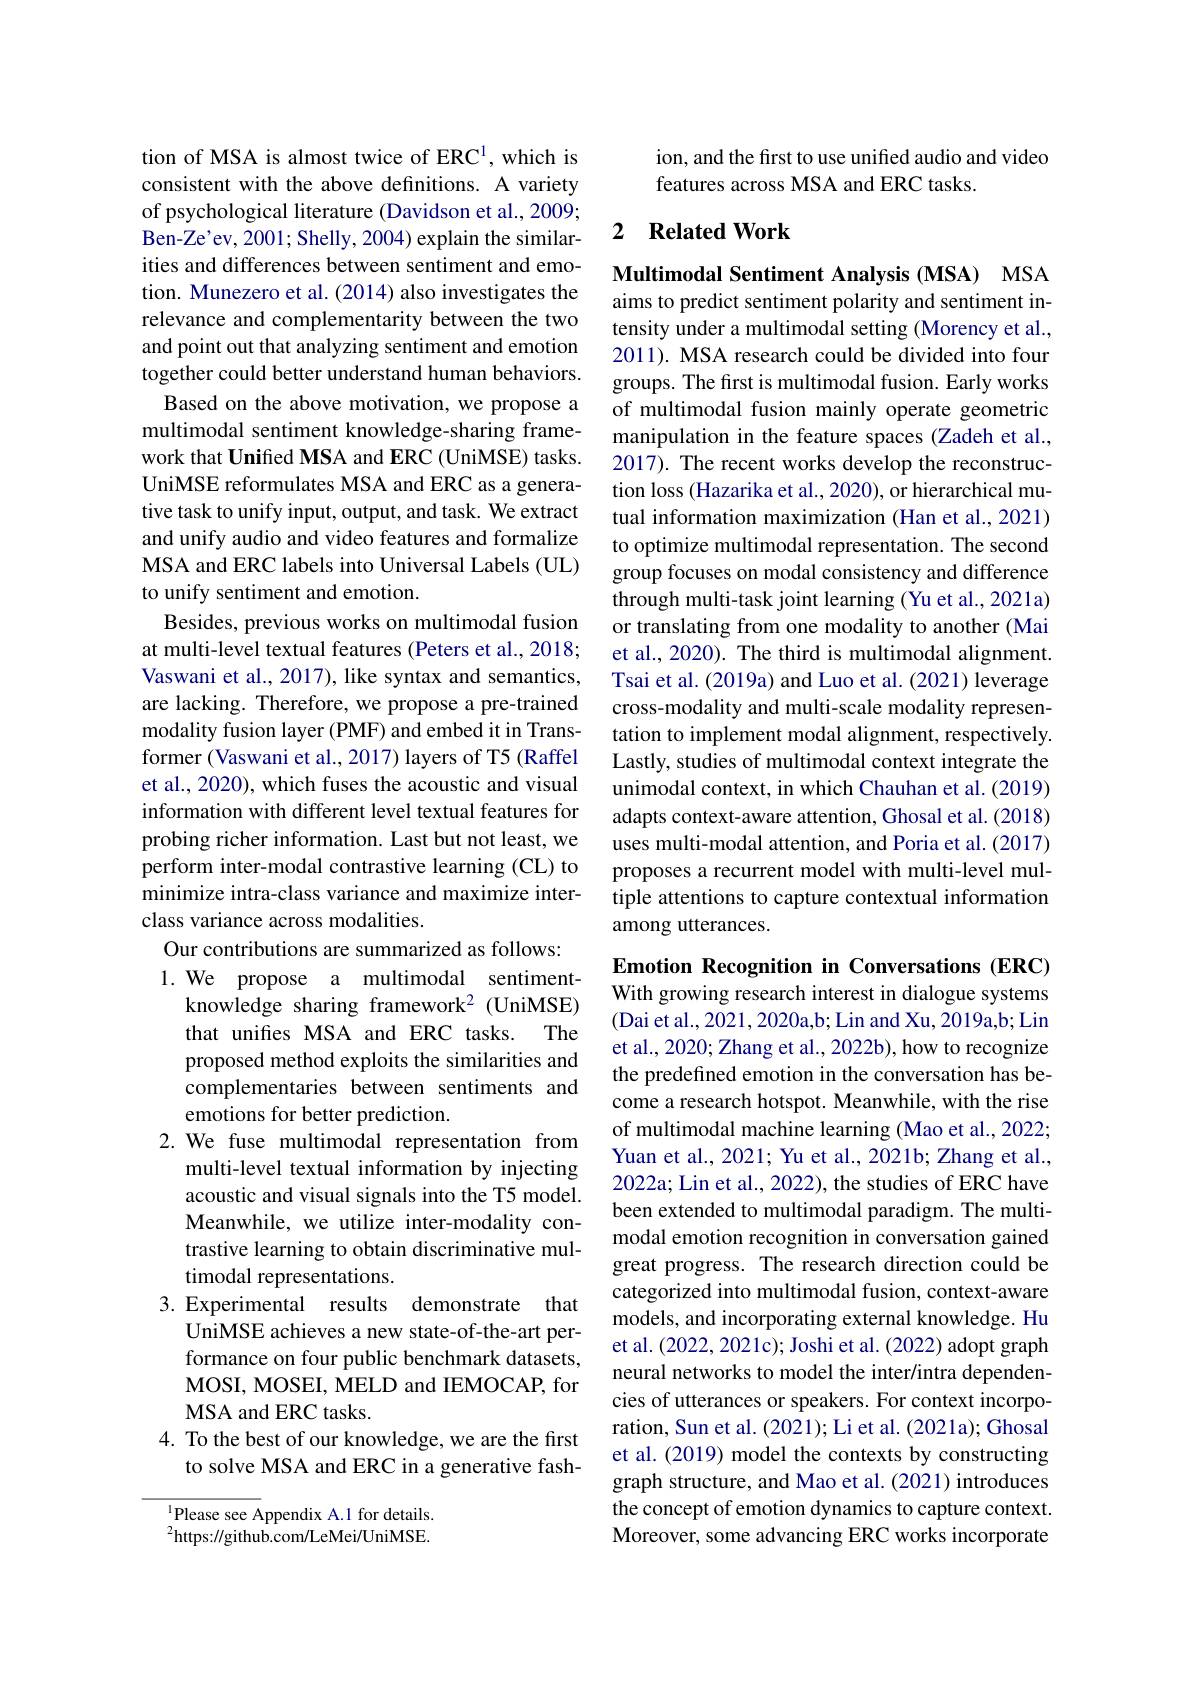
tion of MSA is almost twice of ERC$^1$, which is consistent with the above definitions. A variety of psychological literature (Davidson et al., 2009; Ben-Ze'ev, 2001; Shelly, 2004) explain the similarities and differences between sentiment and emotion. Munezero et al. (2014) also investigates the relevance and complementarity between the two and point out that analyzing sentiment and emotion together could better understand human behaviors.
Based on the above motivation, we propose a multimodal sentiment knowledge-sharing framework that Unifed MSA and ERC (UniMSE) tasks. UniMSE reformulates MSA and ERC as a generative task to unify input, output, and task. We extract and unify audio and video features and formalize MSA and ERC labels into Universal Labels (UL) to unify sentiment and emotion.
Besides, previous works on multimodal fusion at multi-level textual features (Peters et al., 2018; Vaswani et al., 2017), like syntax and semantics, are lacking. Therefore, we propose a pre-trained modality fusion layer (PMF) and embed it in Transformer (Vaswani et al., 2017) layers of T5 (Raffel et al., 2020), which fuses the acoustic and visual information with different level textual features for probing richer information. Last but not least, we perform inter-modal contrastive learning (CL) to minimize intra-class variance and maximize interclass variance across modalities.
Our contributions are summarized as follows: 1. We propose a multimodal sentiment-
knowledge sharing framework$^2$ (UniMSE) that unifes MSA and ERC tasks. The proposed method exploits the similarities and complementaries between sentiments and emotions for better prediction.
2. We fuse multimodal representation from
multi-level textual information by injecting acoustic and visual signals into the T5 model. Meanwhile, we utilize inter-modality contrastive learning to obtain discriminative multimodal representations.
3. Experimental results demonstrate that
UniMSE achieves a new state-of-the-art performance on four public benchmark datasets, MOSI, MOSEI, MELD and IEMOCAP, for MSA and ERC tasks.
4. To the best of our knowledge, we are the first
to solve MSA and ERC in a generative fash-

$^{1}$Please see Appendix A.1 for details. $^{2}$https://github.com/LeMei/UniMSE.

ion, and the first to use unified audio and video
features across MSA and ERC tasks.

### 2 $\textbf{Related Work}$

Multimodal Sentiment Analysis (MSA) MSA aims to predict sentiment polarity and sentiment intensity under a multimodal setting (Morency et al., 2011). MSA research could be divided into four groups. The first is multimodal fusion. Early works of multimodal fusion mainly operate geometric manipulation in the feature spaces (Zadeh et al., 2017). The recent works develop the reconstruction loss (Hazarika et al., 2020), or hierarchical mutual information maximization (Han et al.,2021) to optimize multimodal representation. The second group focuses on modal consistency and difference through multi-task joint learning (Yu et al., 2021a) or translating from one modality to another (Mai et al., 2020). The third is multimodal alignment. Tsai et al. (2019a) and Luo et al. (2021) leverage cross-modality and multi-scale modality representation to implement modal alignment, respectively. Lastly, studies of multimodal context integrate the unimodal context, in which Chauhan et al. (2019) adapts context-aware attention, Ghosal et al. (2018) uses multi-modal attention, and Poria et al. (2017) proposes a recurrent model with multi-level multiple attentions to capture contextual information among utterances.

Emotion Recognition in Conversations (ERC) With growing research interest in dialogue systems (Dai et al., 2021, 2020a,b; Lin and Xu, 2019a,b; Lin et al., 2020; Zhang et al., 2022b), how to recognize the predefined emotion in the conversation has become a research hotspot. Meanwhile, with the rise of multimodal machine learning (Mao et al., 2022; Yuan et al., 2021; Yu et al., 2021b; Zhang et al., 2022a; Lin et al., 2022), the studies of ERC have been extended to multimodal paradigm. The multimodal emotion recognition in conversation gained great progress. The research direction could be categorized into multimodal fusion, context-aware models, and incorporating external knowledge. Hu et al. (2022, 2021c); Joshi et al. (2022) adopt graph neural networks to model the inter/intra dependencies of utterances or speakers. For context incorporation, Sun et al. (2021); Li et al. (2021a); Ghosal et al. (2019) model the contexts by constructing graph structure, and Mao et al. (2021) introduces the concept of emotion dynamics to capture context. Moreover, some advancing ERC works incorporate